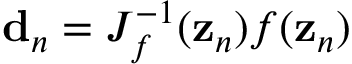
{ \bf d } _ { n } = { J } _ { f } ^ { - 1 } ( { \bf z } _ { n } ) { f } ( { \bf z } _ { n } )